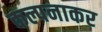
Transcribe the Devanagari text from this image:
कल्पनाकर